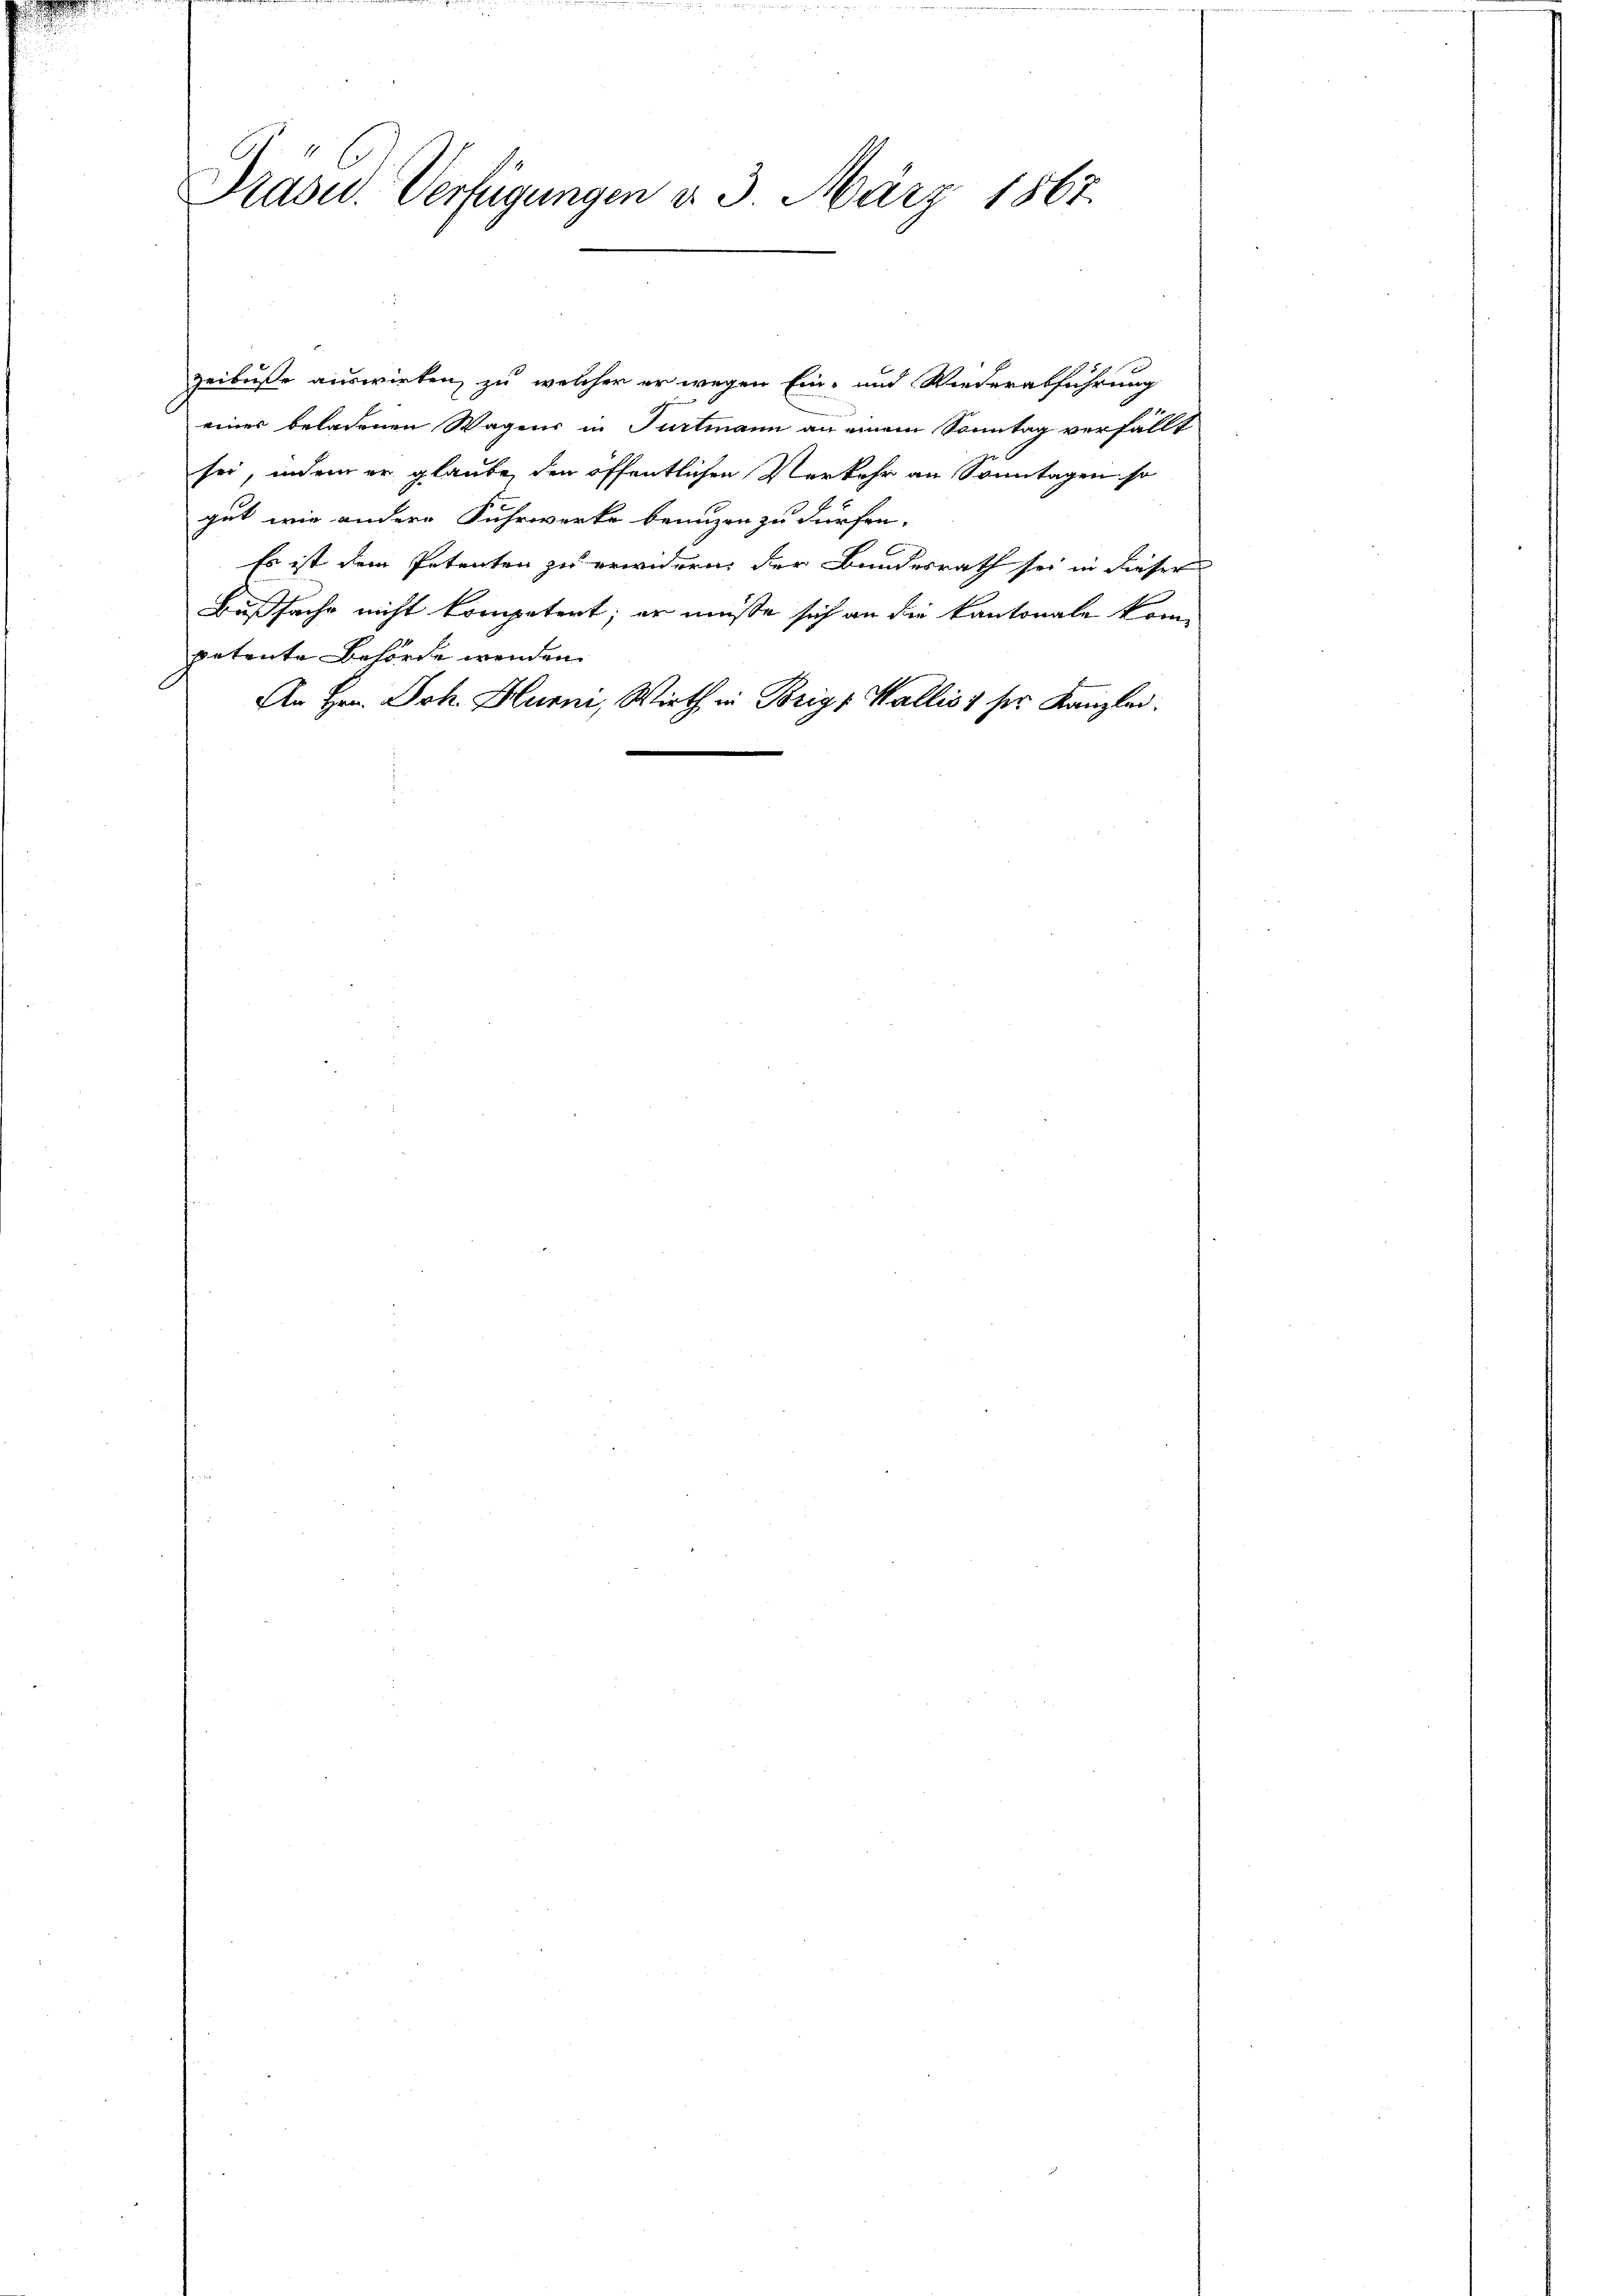
Prase Verfügungen d. 3. März 1867.

zeibuße auswirken, zu welcher er wegen Ein- und Wiederabführung
einer beladenen Wagens in Furtmann an einem Sonntag verfällt
sei, indem er glaube, den öffentlichen Verkehr an Sonntagen so
gut wie andere Fuhrwerke benuzen zu dürfen.
Es ist dem Petenten zu erwidern der Bundesrath sei in dieser
Bußfache nicht kompetert; er müsse sich an die Kantonale kom
petente Behörde werden.
An Hrn. Joh. Hurni, Wirth in Brig, Wallis, ser Kanzlei.